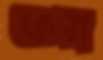
ওরা